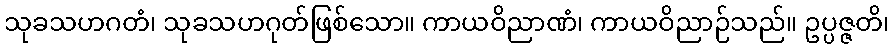
သုခသဟဂတံ၊ သုခသဟဂုတ်ဖြစ်သော။ ကာယဝိညာဏံ၊ ကာယဝိညာဉ်သည်။ ဥပ္ပဇ္ဇတိ၊